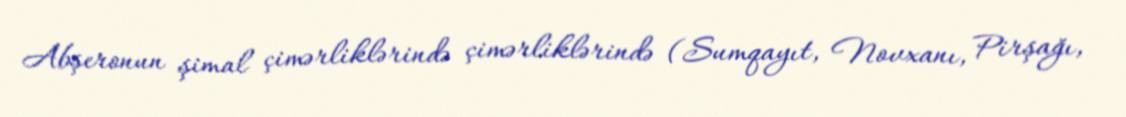
Abşeronun şimal çimərliklərində çimərliklərində (Sumqayıt, Novxanı, Pirşağı,